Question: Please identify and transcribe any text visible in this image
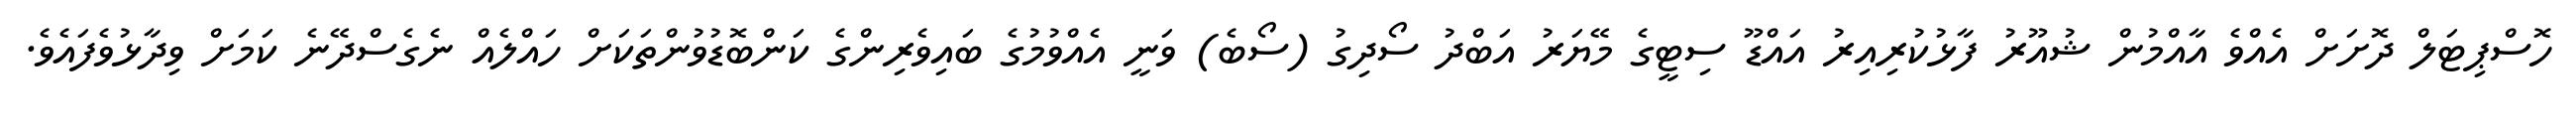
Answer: ހޮސްޕިޓަލް ދޮށަށް އެއްވެ އާއްމުން ޝުއޫރު ފާޅުކުރިއިރު އައްޑޫ ސިޓީގެ މޭޔަރު އަބްދު ސޯދިގު (ސޯބެ) ވަނީ އެއްވުމުގެ ބައިވެރިންގެ ކަންބޮޑުވުންތަކަށް ހައްލެއް ނެގެސްދޭނެ ކަމަށް ވިދާޅުވެފައެވެ.